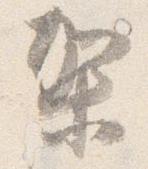
架